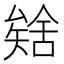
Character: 𮀈